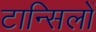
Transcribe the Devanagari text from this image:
टान्सिलों